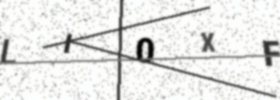
Text: LI0XF